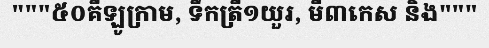
"""៥០គីឡូក្រាម, ទឹកត្រី១យួរ, មី៣កេស និង"""